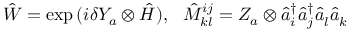
\hat { W } = \exp { ( i \delta Y _ { a } \otimes \hat { H } ) } , ~ ~ \hat { M } _ { k l } ^ { i j } = Z _ { a } \otimes \hat { a } _ { i } ^ { \dagger } \hat { a } _ { j } ^ { \dagger } \hat { a } _ { l } ^ { } \hat { a } _ { k } ^ { }